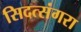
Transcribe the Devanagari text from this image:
सिदत्संगरा